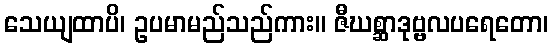
သေယျထာပိ၊ ဥပမာမည်သည်ကား။ ဇီဃစ္ဆာဒုဗ္ဗလပရေတော၊